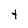
Character: t